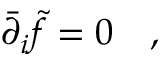
\bar { \partial } _ { i } \tilde { f } = 0 \quad ,